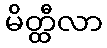
မိတ္ထီလာ